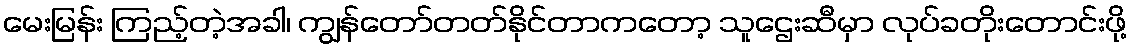
မေးမြန်း ကြည့်တဲ့အခါ၊ ကျွန်တော်တတ်နိုင်တာကတော့ သူဌေးဆီမှာ လုပ်ခတိုးတောင်းဖို့